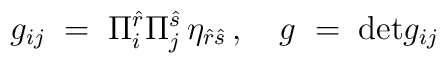
g_{ij} \; = \; \Pi_i^{\hat{r}} \Pi^{\hat{s}}_j\, \eta_{\hat{r}\hat{s}}\, , \quad g \;=\; {\rm det}g_{ij}